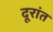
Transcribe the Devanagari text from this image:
दूरांत